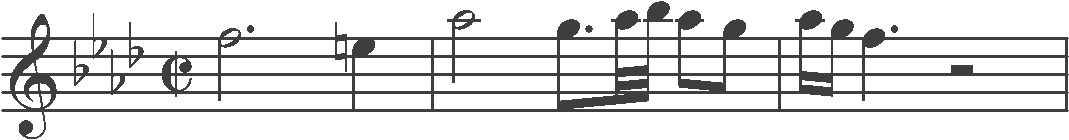
Transcription: clef-G2 keySignature-AbM timeSignature-C/ note-F5_half. note-E5_quarter barline note-Ab5_half note-G5_eighth. note-Ab5_thirty_second note-Bb5_thirty_second note-Ab5_eighth note-G5_eighth barline note-Ab5_sixteenth note-G5_sixteenth note-F5_quarter. rest-half barline